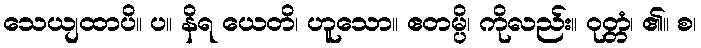
သေယျထာပိ။ ပ။ နိရ ယေတိ၊ ဟူသော။ ဧတမ္ပိ၊ ကိုလည်း။ ဝုတ္တံ၊ ၏။ စ၊